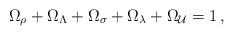
LaTeX: \begin{align*}\Omega_\rho+\Omega_\Lambda+\Omega_\sigma+\Omega_\lambda+\Omega_{\cal U}=1 \,,\end{align*}